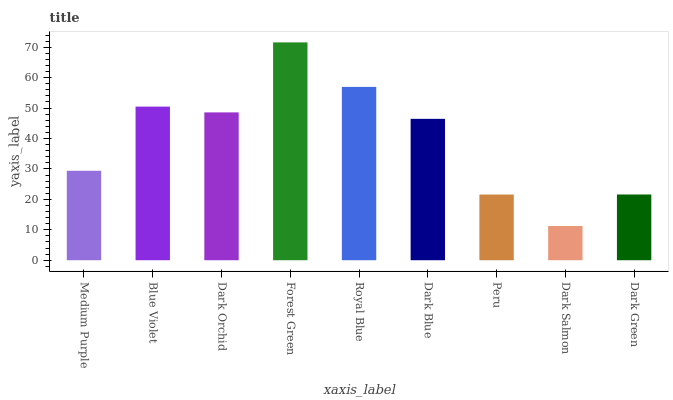
| xaxis_label | bars |
 | --- | --- |
 | Medium Purple | 29.4 |
 | Blue Violet | 50.5 |
 | Dark Orchid | 48.6 |
 | Forest Green | 71.6 |
 | Royal Blue | 57 |
 | Dark Blue | 46.5 |
 | Peru | 21.6 |
 | Dark Salmon | 11.2 |
 | Dark Green | 21.6 |